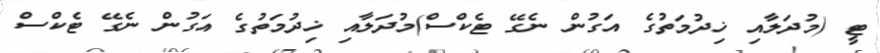
ޓީ (މުދަލާއި ޚިދުމަތުގެ އަގުން ނެގޭ ޓެކްސް)މުދަލާއި ޚިދުމަތުގެ އަގުން ނެގޭ ޓެކްސް